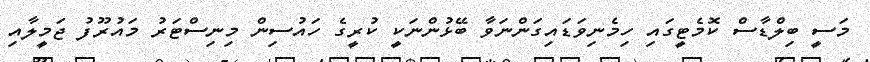
މަސީ ބިލްޑާސް ކޮމެޓީގައި ހިމެނިވަޑައިގަންނަވާ ބޭޅުންނަކީ ކުރީގެ ހައުސިން މިނިސްޓަރު މައުރޫފު ޖަމީލާއި